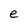
Character: e